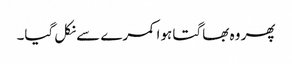
پھر وہ بھاگتا ہوا کمرے سے نکل گیا۔